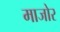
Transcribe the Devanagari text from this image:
माजोर